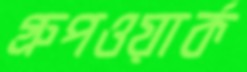
গ্রুপওয়ার্ক